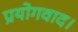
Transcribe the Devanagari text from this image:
प्रयोगवाद।